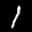
Label: 1